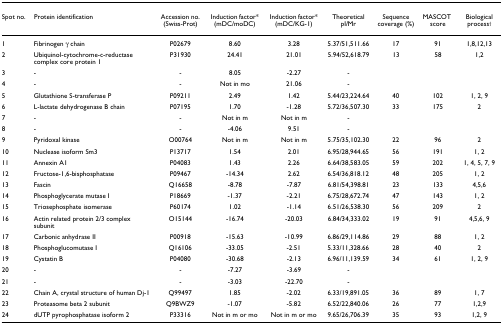
<table><thead><tr><td><b>Spot no.</b></td><td><b>Protein identification</b></td><td><b>Accession no. (Swiss-Prot)</b></td><td><b>Induction factor* (mDC/moDC)</b></td><td><b>Induction factor* (mDC/KG-1)</b></td><td><b>Theoretical pI/Mr</b></td><td><b>Sequence coverage (%)</b></td><td><b>MASCOT score</b></td><td><b>Biological process<sup>†</sup></b></td></tr></thead><tbody><tr><td>1</td><td>Fibrinogen γ chain</td><td>P02679</td><td>8.60</td><td>3.28</td><td>5.37/51,511.66</td><td>17</td><td>91</td><td>1,8,12,13</td></tr><tr><td>2</td><td>Ubiquinol-cytochrome-c-reductase complex core protein 1</td><td>P31930</td><td>24.41</td><td>21.01</td><td>5.94/52,618.79</td><td>13</td><td>58</td><td>1,2</td></tr><tr><td>3</td><td>-</td><td>-</td><td>8.05</td><td>-2.27</td><td>-</td><td></td><td></td><td></td></tr><tr><td>4</td><td>-</td><td>-</td><td>Not in mo</td><td>21.06</td><td>-</td><td></td><td></td><td></td></tr><tr><td>5</td><td>Glutathione S-transferase P</td><td>P09211</td><td>2.49</td><td>1.42</td><td>5.44/23,224.64</td><td>40</td><td>102</td><td>1, 2, 9</td></tr><tr><td>6</td><td>L-lactate dehydrogenase B chain</td><td>P07195</td><td>1.70</td><td>-1.28</td><td>5.72/36,507.30</td><td>33</td><td>175</td><td>2</td></tr><tr><td>7</td><td>-</td><td>-</td><td>Not in m</td><td>Not in m</td><td>-</td><td></td><td></td><td></td></tr><tr><td>8</td><td>-</td><td>-</td><td>-4.06</td><td>9.51</td><td>-</td><td></td><td></td><td></td></tr><tr><td>9</td><td>Pyridoxal kinase</td><td>O00764</td><td>Not in m</td><td>Not in m</td><td>5.75/35,102.30</td><td>22</td><td>96</td><td>2</td></tr><tr><td>10</td><td>Nuclease isoform Sm3</td><td>P13717</td><td>1.54</td><td>2.01</td><td>6.95/28,944.65</td><td>56</td><td>191</td><td>1, 2</td></tr><tr><td>11</td><td>Annexin A1</td><td>P04083</td><td>1.43</td><td>2.26</td><td>6.64/38,583.05</td><td>59</td><td>202</td><td>1, 4, 5, 7, 9</td></tr><tr><td>12</td><td>Fructose-1,6-bisphosphatase</td><td>P09467</td><td>-14.34</td><td>2.62</td><td>6.54/36,818.12</td><td>48</td><td>205</td><td>1, 2</td></tr><tr><td>13</td><td>Fascin</td><td>Q16658</td><td>-8.78</td><td>-7.87</td><td>6.81/54,398.81</td><td>23</td><td>133</td><td>4,5,6</td></tr><tr><td>14</td><td>Phosphoglycerate mutase I</td><td>P18669</td><td>-1.37</td><td>-2.21</td><td>6.75/28,672.74</td><td>47</td><td>143</td><td>1, 2</td></tr><tr><td>15</td><td>Triosephosphate isomerase</td><td>P60174</td><td>1.02</td><td>-1.14</td><td>6.51/26,538.30</td><td>56</td><td>209</td><td>2</td></tr><tr><td>16</td><td>Actin related protein 2/3 complex subunit</td><td>O15144</td><td>-16.74</td><td>-20.03</td><td>6.84/34,333.02</td><td>19</td><td>91</td><td>4,5,6, 9</td></tr><tr><td>17</td><td>Carbonic anhydrase II</td><td>P00918</td><td>-15.63</td><td>-10.99</td><td>6.86/29,114.86</td><td>29</td><td>88</td><td>1, 2</td></tr><tr><td>18</td><td>Phosphoglucomutase I</td><td>Q16106</td><td>-33.05</td><td>-2.51</td><td>5.33/11,328.66</td><td>28</td><td>40</td><td>2</td></tr><tr><td>19</td><td>Cystatin B</td><td>P04080</td><td>-30.68</td><td>-2.13</td><td>6.96/11,139.59</td><td>34</td><td>61</td><td>1, 2, 9</td></tr><tr><td>20</td><td>-</td><td>-</td><td>-7.27</td><td>-3.69</td><td>-</td><td></td><td></td><td></td></tr><tr><td>21</td><td>-</td><td>-</td><td>-3.03</td><td>-22.70</td><td>-</td><td></td><td></td><td></td></tr><tr><td>22</td><td>Chain A, crystal structure of human Dj-1</td><td>Q99497</td><td>1.85</td><td>-2.02</td><td>6.33/19,891.05</td><td>36</td><td>89</td><td>1, 7</td></tr><tr><td>23</td><td>Proteasome beta 2 subunit</td><td>Q9BWZ9</td><td>-1.07</td><td>-5.82</td><td>6.52/22,840.06</td><td>26</td><td>77</td><td>1,2,9</td></tr><tr><td>24</td><td>dUTP pyrophosphatase isoform 2</td><td>P33316</td><td>Not in m or mo</td><td>Not in m or mo</td><td>9.65/26,706.39</td><td>35</td><td>93</td><td>1,2, 9</td></tr></tbody></table>